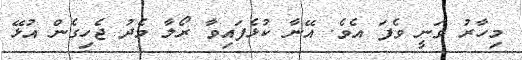
މިހާރު ވަނީ ވެފަ އެވެ. އޭނާ ކުޅެފައިވާ ރޯލާ މެދު ޖެހިގެން އުޅޭ